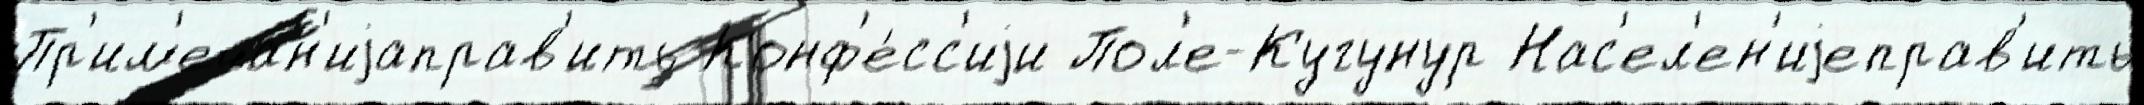
Пр'им'ечан'иjаправ'ить Конф'е́сс'иjи Пол'е-Кугунур Нас'ел'ен'иjеправ'ить